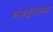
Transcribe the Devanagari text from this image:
मंडईतल्या